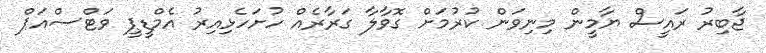
ޖާބިރު ރައީސް ޔާމީން މިނިވަން ކުރުމަށް ގޮވާލާ ގަރާރެއް ހުށަހެޅިއިރު އެމްޑީޕީ ވަޓްސްއަޕް